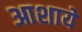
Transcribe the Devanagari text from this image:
आशाये